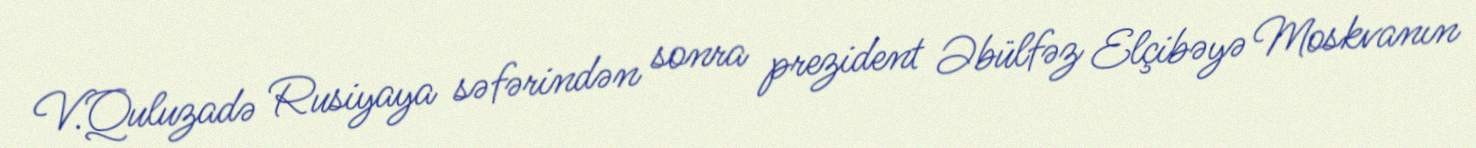
V.Quluzadə Rusiyaya səfərindən sonra prezident Əbülfəz Elçibəyə Moskvanın